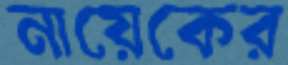
নায়েকের